Annual vaccination report of Bihar and Orissa - 1911-1928
Year: 1911
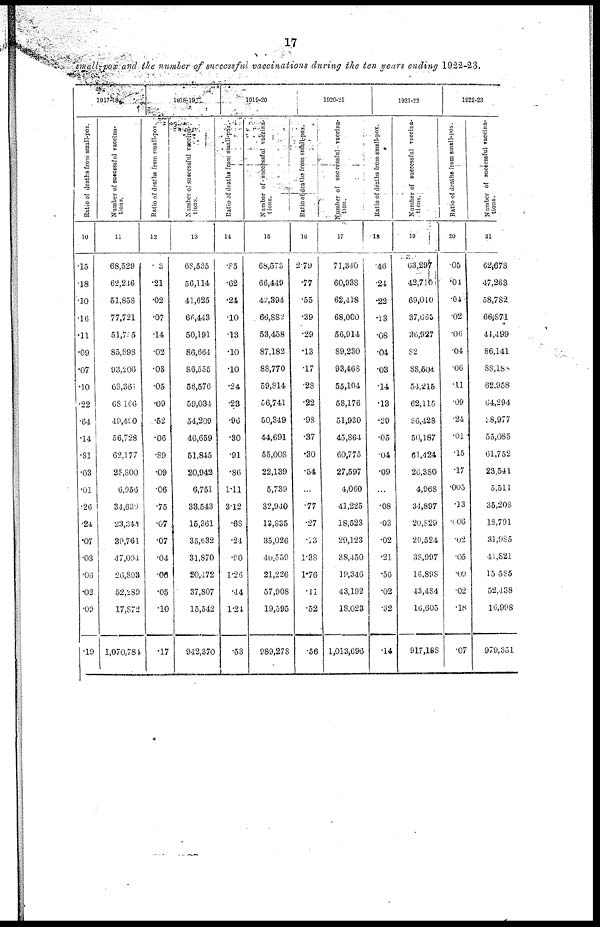
17
small-pox and the number of successful vaccinations during the ten years ending 1922-23.
1917-18.
Ratio of deaths from small-pox.
10
.15
.18
.10
.16
.11
.09
.07
.10
.22
.64
.14
.81
.03
.01
.26
.24
.07
.03
.06
.02
.09
.19
Number of successful vaccina-
tions.
11
68,529
62,246
51,858
77,721
51,755
85,898
93,206
68,361
68,166
49,490
56,728
62,177
25,800
6,956
34,639
23,345
39,761
47,094
26,893
52,289
17,872
1,070,784
1918-19
Ratio of deaths from Small-pox.
12
.3
.21
.02
.07
.14
.02
.08
.05
.09
.52
.06
.89
.09
.06
.75
.07
.07
.04
.06
.05
.10
.17
Number of successful vaccina-
tions.
13
68,535
56,114
41,625
66,443
50,191
86,664
86,555
56,576
59,034
54,209
46,659
51,845
20,942
6,751
33,543
15,361
35,632
31,870
20,472
37,807
15,542
942,370
1919-20
Ratio of deaths from small-pox.
14
.85
.62
.24
.10
.13
.10
.10
.24
.23
.96
.30
.91
.86
1.11
3.12
.68
.24
.90
1.26
.44
1.24
.53
Number of successful vaccina-
tions.
15
68,573
66,449
42,394
66,882
53,458
87,182
88,770
59,814
56,741
50,349
44,691
55,008
22,139
5,739
32,940
12,835
35,026
40,559
21,226
57,908
19,595
989,278
1920-21
Ratio of deaths from small-pox.
16
2.79
.77
.55
.39
.29
.13
.17
.28
.22
.98
.37
.30
.54
...
.77
.27
.13
1.38
1.76
.11
.52
.56
Number of successful vaccina-
tion.
17
71,340
60,938
62,418
68,000
56,914
89,230
93,468
55,104
58,176
51,930
45,864
60,775
27,597
4,060
41,225
18,523
29,123
38,450
19,346
43,192
18,023
1,013,696
1921-22
Ratio of deaths from small-pox.
18
.46
.24
.22
.13
.08
.04
.03
.14
.13
.29
.05
.04
.09
...
.08
.03
.02
.21
.56
.02
.32
.14
Number of successful vaccina-
tions.
19
63,297
42,710
69,010
37,665
36,927
82
88,504
54,215
62,115
36,428
50,187
61,424
26,380
4,968
34,897
20,829
29,524
38,997
16,898
43,484
16,605
917,188
1922-23
Ratio of deaths from small-pox.
20
.05
.04
.04
.02
.06
.04
.06
.11
.09
.24
.01
.15
.17
.005
.13
.006
.02
.05
.09
.02
.18
.07
Number of successful vaccina-
tions.
21
62,673
47,263
58,782
66,871
44,499
86,141
88,188
62,958
64,294
38,977
55,085
61,752
23,541
5,511
35,208
18,791
31,985
41,821
15,585
52,438
16,998
979,351